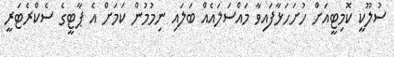
ސުލޫކީ ކޮމިޓީއަށް ހުށަހަޅާފައިވާ މައްސަލައެއް ބަލައި ނިމުމުން ކަމަށް އެ ޕާޓީގެ ސެކްރެޓަރީ